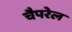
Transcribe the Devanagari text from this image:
चैपरेल